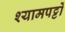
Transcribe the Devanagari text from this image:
श्यामपट्टों